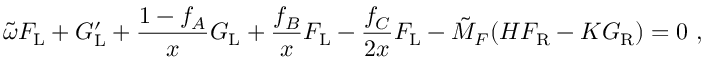
\tilde { \omega } F _ { \mathrm { L } } + G _ { \mathrm { L } } ^ { \prime } + \frac { 1 - f _ { A } } { x } G _ { \mathrm { L } } + \frac { f _ { B } } { x } F _ { \mathrm { L } } - \frac { f _ { C } } { 2 x } F _ { \mathrm { L } } - \tilde { M } _ { F } ( H F _ { \mathrm { R } } - K G _ { \mathrm { R } } ) = 0 \ ,